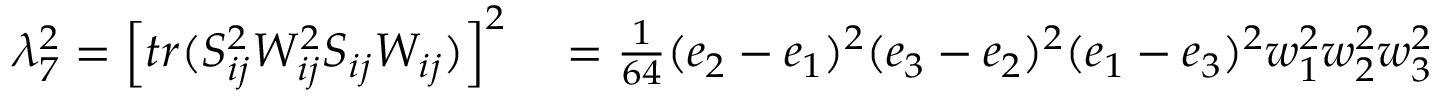
\begin{array} { r l } { \lambda _ { 7 } ^ { 2 } = \left[ t r ( S _ { i j } ^ { 2 } W _ { i j } ^ { 2 } S _ { i j } W _ { i j } ) \right] ^ { 2 } } & { { } = \frac { 1 } { 6 4 } ( e _ { 2 } - e _ { 1 } ) ^ { 2 } ( e _ { 3 } - e _ { 2 } ) ^ { 2 } ( e _ { 1 } - e _ { 3 } ) ^ { 2 } w _ { 1 } ^ { 2 } w _ { 2 } ^ { 2 } w _ { 3 } ^ { 2 } } \end{array}